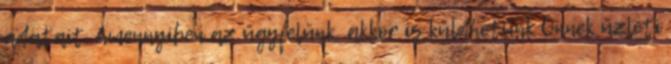
adatait. Amennyiben az ügyfelünk, akkor is küldhetünk Önnek üzleti